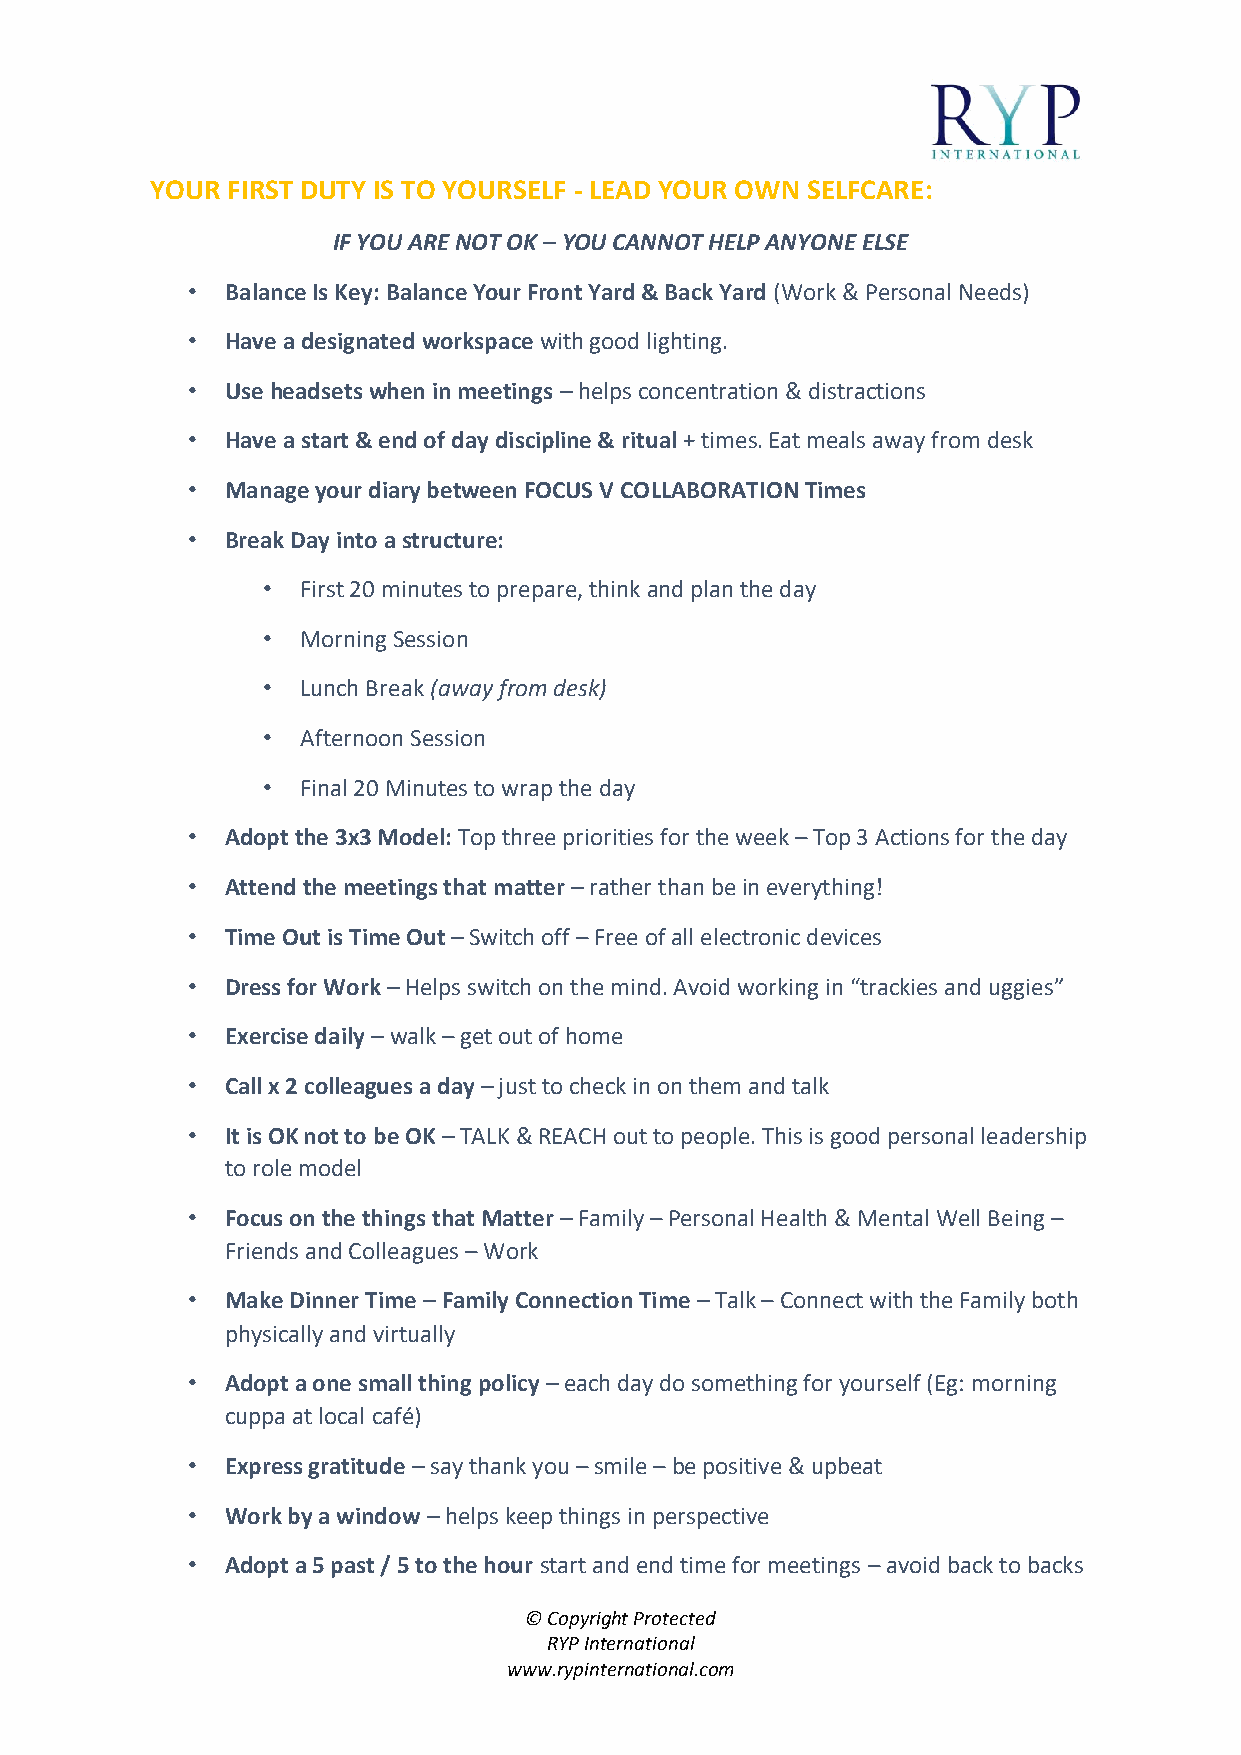
YOUR FIRST DUTY IS TO YOURSELF - LEAD YOUR OWN SELFCARE:
 IF YOU ARE NOT OK – YOU CANNOT HELP ANYONE ELSE
 •  Balance Is Key: Balance Your Front Yard & Back Yard (Work & Personal Needs)
 •  Have a designated workspace with good lighting.
 •  Use headsets when in meetings – helps concentration & distractions
 •  Have a start & end of day discipline & ritual + times. Eat meals away from desk
 •  Manage your diary between FOCUS V COLLABORATION Times
 •  Break Day into a structure:
 •  First 20 minutes to prepare, think and plan the day
 •  Morning Session
 •  Lunch Break (away from desk)
 •  Afternoon Session
 •  Final 20 Minutes to wrap the day
 •  Adopt the 3x3 Model: Top three priorities for the week – Top 3 Actions for the day
 •  Attend the meetings that matter – rather than be in everything!
 •  Time Out is Time Out – Switch off – Free of all electronic devices
 •  Dress for Work – Helps switch on the mind. Avoid working in “trackies and uggies”
 •  Exercise daily – walk – get out of home
 •  Call x 2 colleagues a day – just to check in on them and talk
 •  It is OK not to be OK – TALK & REACH out to people. This is good personal leadership
 to role model
 •  Focus on the things that Matter – Family – Personal Health & Mental Well Being –
 Friends and Colleagues – Work
 •  Make Dinner Time – Family Connection Time – Talk – Connect with the Family both
 physically and virtually
 •  Adopt a one small thing policy – each day do something for yourself (Eg: morning
 cuppa at local café)
 •  Express gratitude – say thank you – smile – be positive & upbeat
 •  Work by a window – helps keep things in perspective
 •  Adopt a 5 past / 5 to the hour start and end time for meetings – avoid back to backs
 © Copyright Protected
 RYP International
 www.rypinternational.com